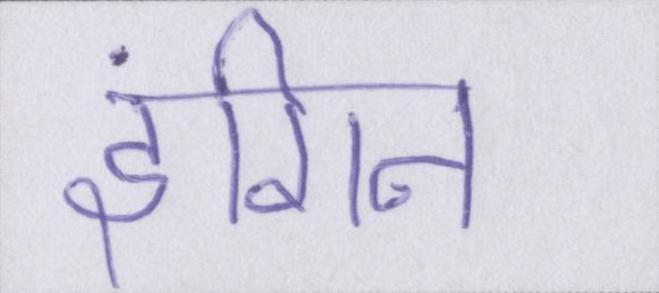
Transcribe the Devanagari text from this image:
इंगित